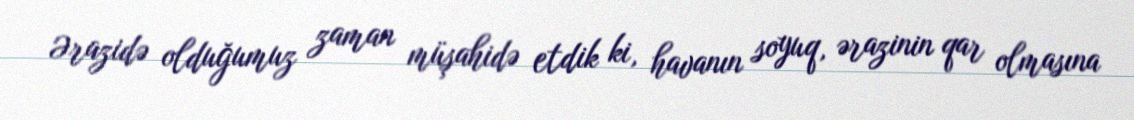
Ərazidə olduğumuz zaman müşahidə etdik ki, havanın soyuq, ərazinin qar olmasına